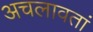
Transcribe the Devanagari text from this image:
अचलावतां